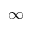
\infty